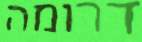
דרומה